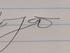
Signature authenticity: forged